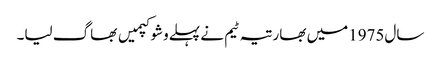
سال1975میں بھارتیہ ٹیم نے پہلےوشوکپمیں بھاگ لیا۔